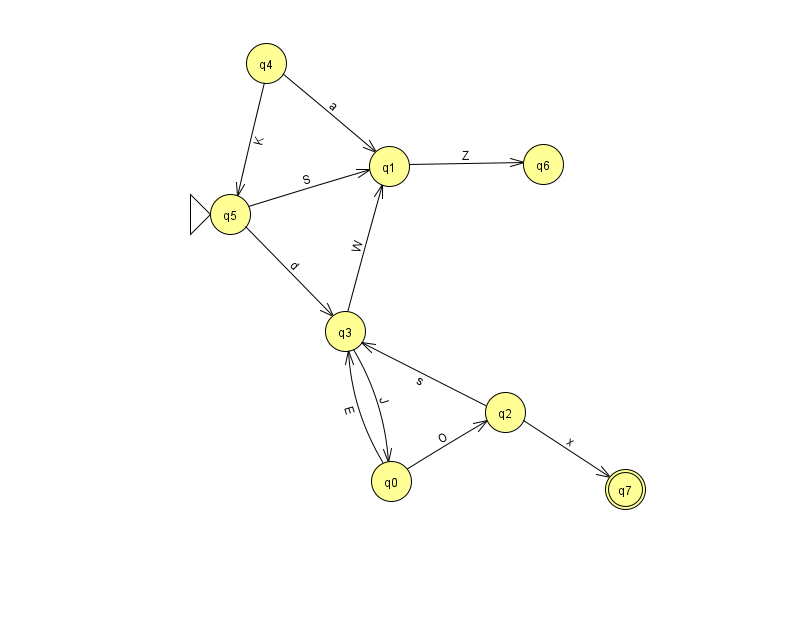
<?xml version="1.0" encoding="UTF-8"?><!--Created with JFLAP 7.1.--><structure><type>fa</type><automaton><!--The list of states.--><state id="0" name="q0"><x>391.0</x><y>468.0</y></state><state id="1" name="q1"><x>389.0</x><y>153.0</y></state><state id="2" name="q2"><x>505.0</x><y>399.0</y></state><state id="3" name="q3"><x>345.0</x><y>318.0</y></state><state id="4" name="q4"><x>266.0</x><y>50.0</y></state><state id="5" name="q5"><x>230.0</x><y>201.0</y><initial/></state><state id="6" name="q6"><x>543.0</x><y>151.0</y></state><state id="7" name="q7"><x>625.0</x><y>476.0</y><final/></state><!--The list of transitions.--><transition><from>1</from><to>6</to><read>Z</read></transition><transition><from>4</from><to>1</to><read>a</read></transition><transition><from>3</from><to>1</to><read>W</read></transition><transition><from>5</from><to>1</to><read>S</read></transition><transition><from>3</from><to>0</to><read>J</read></transition><transition><from>5</from><to>3</to><read>d</read></transition><transition><from>0</from><to>3</to><read>E</read></transition><transition><from>2</from><to>7</to><read>x</read></transition><transition><from>0</from><to>2</to><read>O</read></transition><transition><from>2</from><to>3</to><read>s</read></transition><transition><from>4</from><to>5</to><read>K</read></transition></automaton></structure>